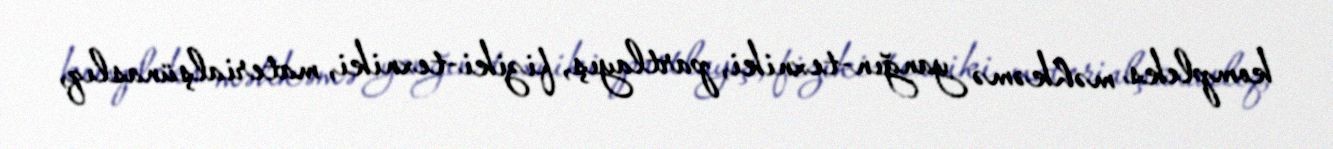
kompleks məhkəmə yanğın-texniki, partlayış, fiziki-texniki, materialşünaslıq,